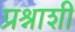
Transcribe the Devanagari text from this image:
प्रश्नाशी